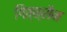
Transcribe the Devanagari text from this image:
गित्क्सैन